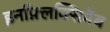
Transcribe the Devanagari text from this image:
इनफ़्लिक्सिमैब